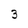
Character: 3